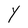
Character: Y